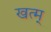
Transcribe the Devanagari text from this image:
खत्म्